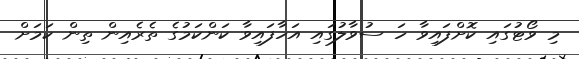
މި ވޯޓުގައި ކޮށްފައިވާ ހަ ސުވާލުގައި އަހާފައިވާ ކަންކަމުގެ ތެރެއިން ތިން ކަމަށް